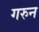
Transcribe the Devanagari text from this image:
गरुन